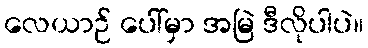
လေယာဉ် ပေါ်မှာ အမြဲ ဒီလိုပါပဲ။